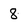
Character: 8